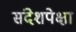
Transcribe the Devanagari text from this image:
संदेशपेक्षा